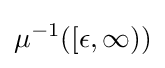
\mu ^{-1}([\epsilon ,\infty ))